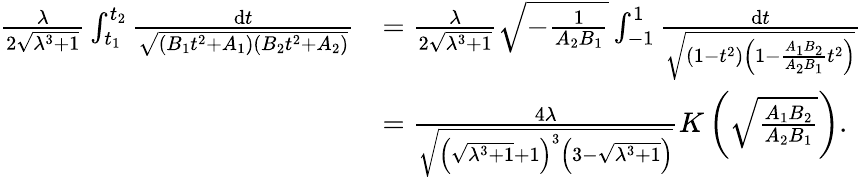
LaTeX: \begin{array}{rl}{\frac{\lambda}{2\sqrt{\lambda^{3}+1}}\int_{t_{1}}^{t_{2}}\frac{\mathrm dt}{\sqrt{(B_{1}t^{2}+A_{1})(B_{2}t^{2}+A_{2})}}}&{=\frac{\lambda}{2\sqrt{\lambda^{3}+1}}\sqrt{-\frac{1}{A_{2}B_{1}}}\int_{-1}^{1}\frac{\mathrm dt}{\sqrt{(1-t^{2})\left(1-\frac{A_{1}B_{2}}{A_{2}B_{1}}t^{2}\right)}}}\\ &{=\frac{4\lambda}{\sqrt{\left(\sqrt{\lambda^{3}+1}+1\right)^{3}\left(3-\sqrt{\lambda^{3}+1}\right)}}K\left(\sqrt{\frac{A_{1}B_{2}}{A_{2}B_{1}}}\right).}\end{array}